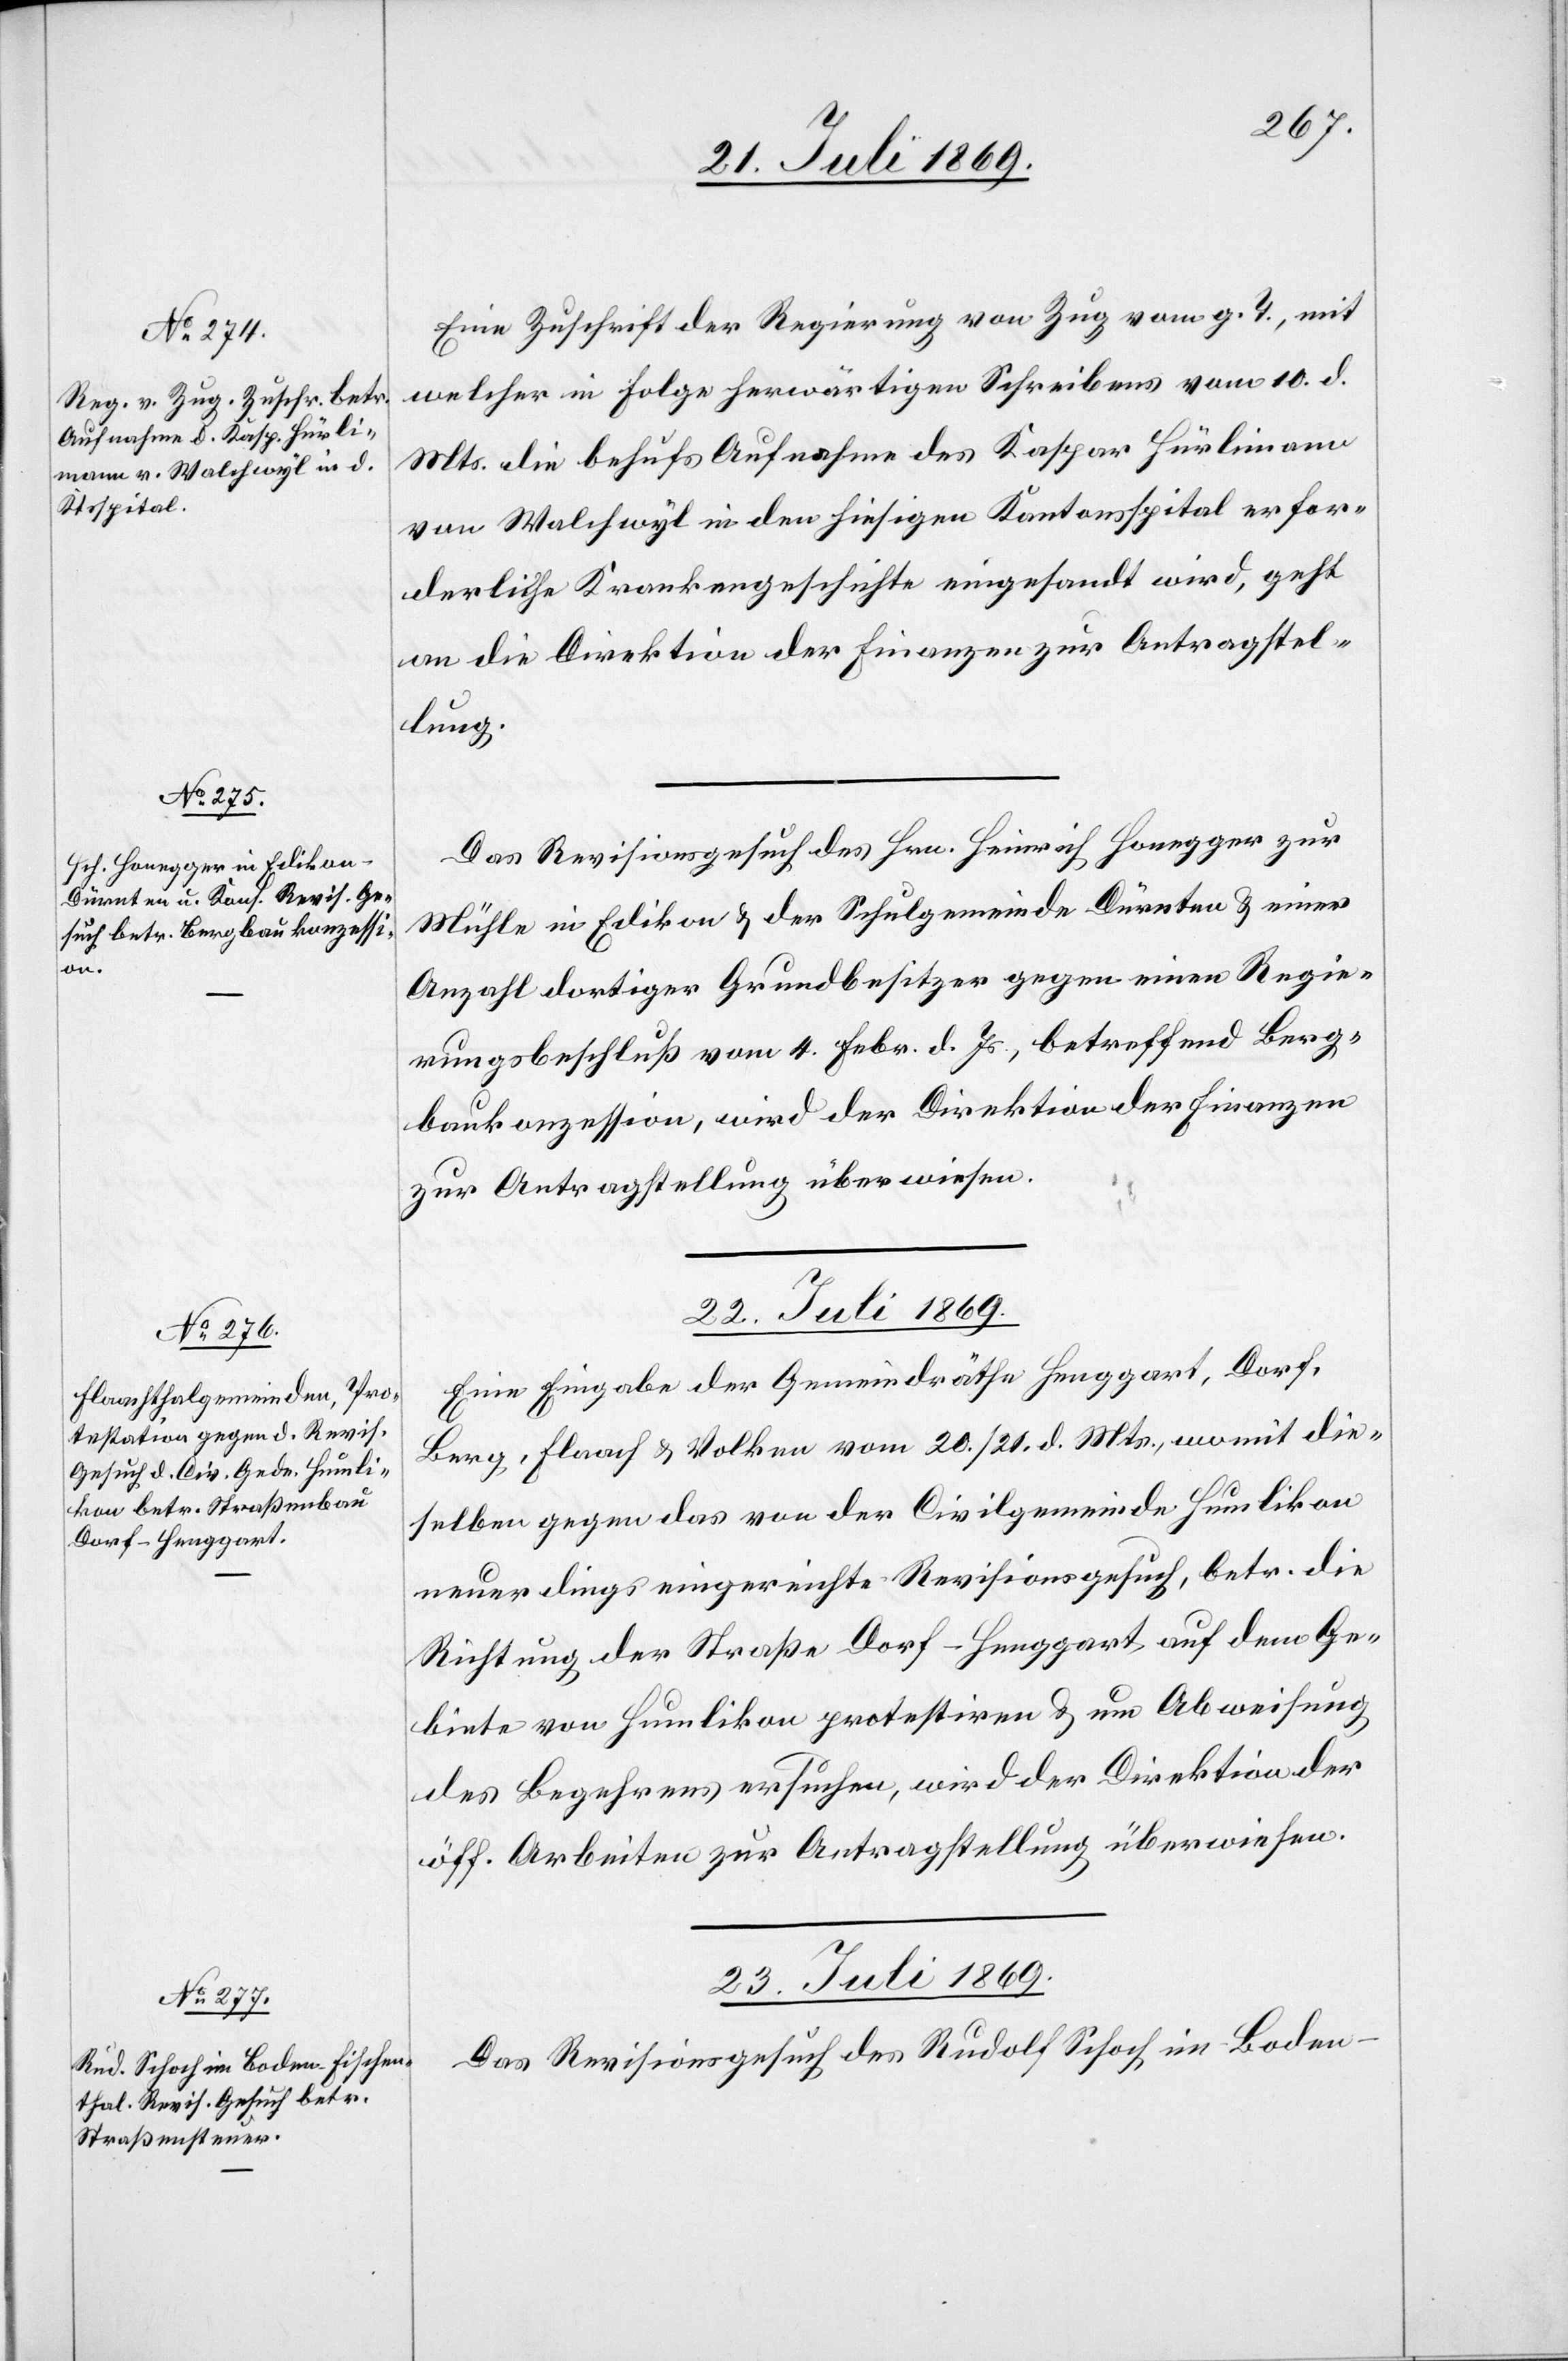
21. Juli 1869.]
Eine Zuschrift der Regierung von Zug vom g. T., mit
welcher in Folge herwärtigen Schreibens vom 10. d.
Mts. die behufs Aufnahme des Kaspar Hürlimann
von Walchwyl in den hiesigen Kantonsspital erfor¬
derliche Krankengeschichte eingesandt wird, geht
an die Direktion der Finanzen zur Antragstel¬
lung.
Das Revisionsgesuch des Hrn. Heinrich Honegger zur
Mühle in Edikon u. der Schulgemeinde Dürnten u. einer
Anzahl dortiger Grundbesitzer gegen einen Regie¬
rungsbeschluß vom 4. Febr. d. Js., betreffend Berg¬
baukonzession, wird der Direktion der Finanzen
zur Antragstellung überwiesen.
22. Juli 1869.
Eine Eingabe der Gemeindräthe Henggart, Dorf,
Berg, Flaach u. Volken vom 20./21. d. Mts. womit die¬
selben gegen das von der Civilgemeinde Humlikon
neuerdings eingereichte Revisionsgesuch, betr. die
Richtung der Straße Dorf–Henggart auf dem Ge¬
biete von Humlikon protestirten u. um Abweichung
des Begehrens ersuchen, wird der Direktion der
öff. Arbeiten zur Antragstellung überwiesen.
23. Juli 1869.
Das Revisionsgesuch des Rudolf Schoch in Boden-